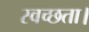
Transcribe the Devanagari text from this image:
स्वच्छता।